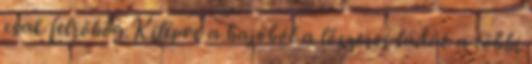
csak felröhög.Kilépve a hajóból a lőszeres ládát a többi